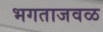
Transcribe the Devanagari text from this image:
भगताजवळ